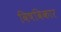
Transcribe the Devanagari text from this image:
विषविकार